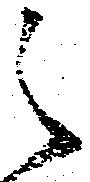
之